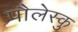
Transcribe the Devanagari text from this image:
पौलेस्कु